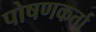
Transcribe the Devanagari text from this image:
पोषणकर्ता